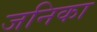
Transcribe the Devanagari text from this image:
जनिका